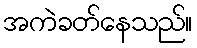
အကဲခတ်နေသည်။